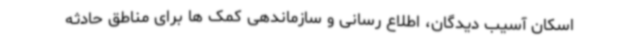
اسکان آسیب دیدگان، اطلاع رسانی و سازماندهی کمک ها برای مناطق حادثه